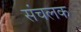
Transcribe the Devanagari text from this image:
संचलक